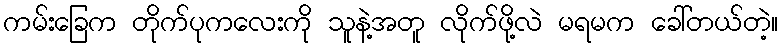
ကမ်းခြေက တိုက်ပုကလေးကို သူနဲ့အတူ လိုက်ဖို့လဲ မရမက ခေါ်တယ်တဲ့။